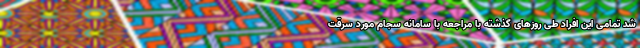
شد تمامی این افراد طی روزهای گذشته با مراجعه با سامانه سجام مورد سرقت